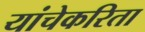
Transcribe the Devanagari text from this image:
यांचेकरिता